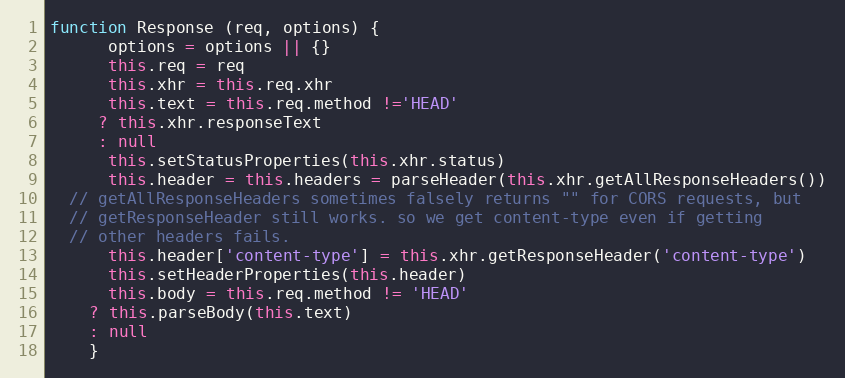
Language: JavaScript
function Response (req, options) {
      options = options || {}
      this.req = req
      this.xhr = this.req.xhr
      this.text = this.req.method !='HEAD'
     ? this.xhr.responseText
     : null
      this.setStatusProperties(this.xhr.status)
      this.header = this.headers = parseHeader(this.xhr.getAllResponseHeaders())
  // getAllResponseHeaders sometimes falsely returns "" for CORS requests, but
  // getResponseHeader still works. so we get content-type even if getting
  // other headers fails.
      this.header['content-type'] = this.xhr.getResponseHeader('content-type')
      this.setHeaderProperties(this.header)
      this.body = this.req.method != 'HEAD'
    ? this.parseBody(this.text)
    : null
    }